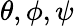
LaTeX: \theta,\phi,\psi